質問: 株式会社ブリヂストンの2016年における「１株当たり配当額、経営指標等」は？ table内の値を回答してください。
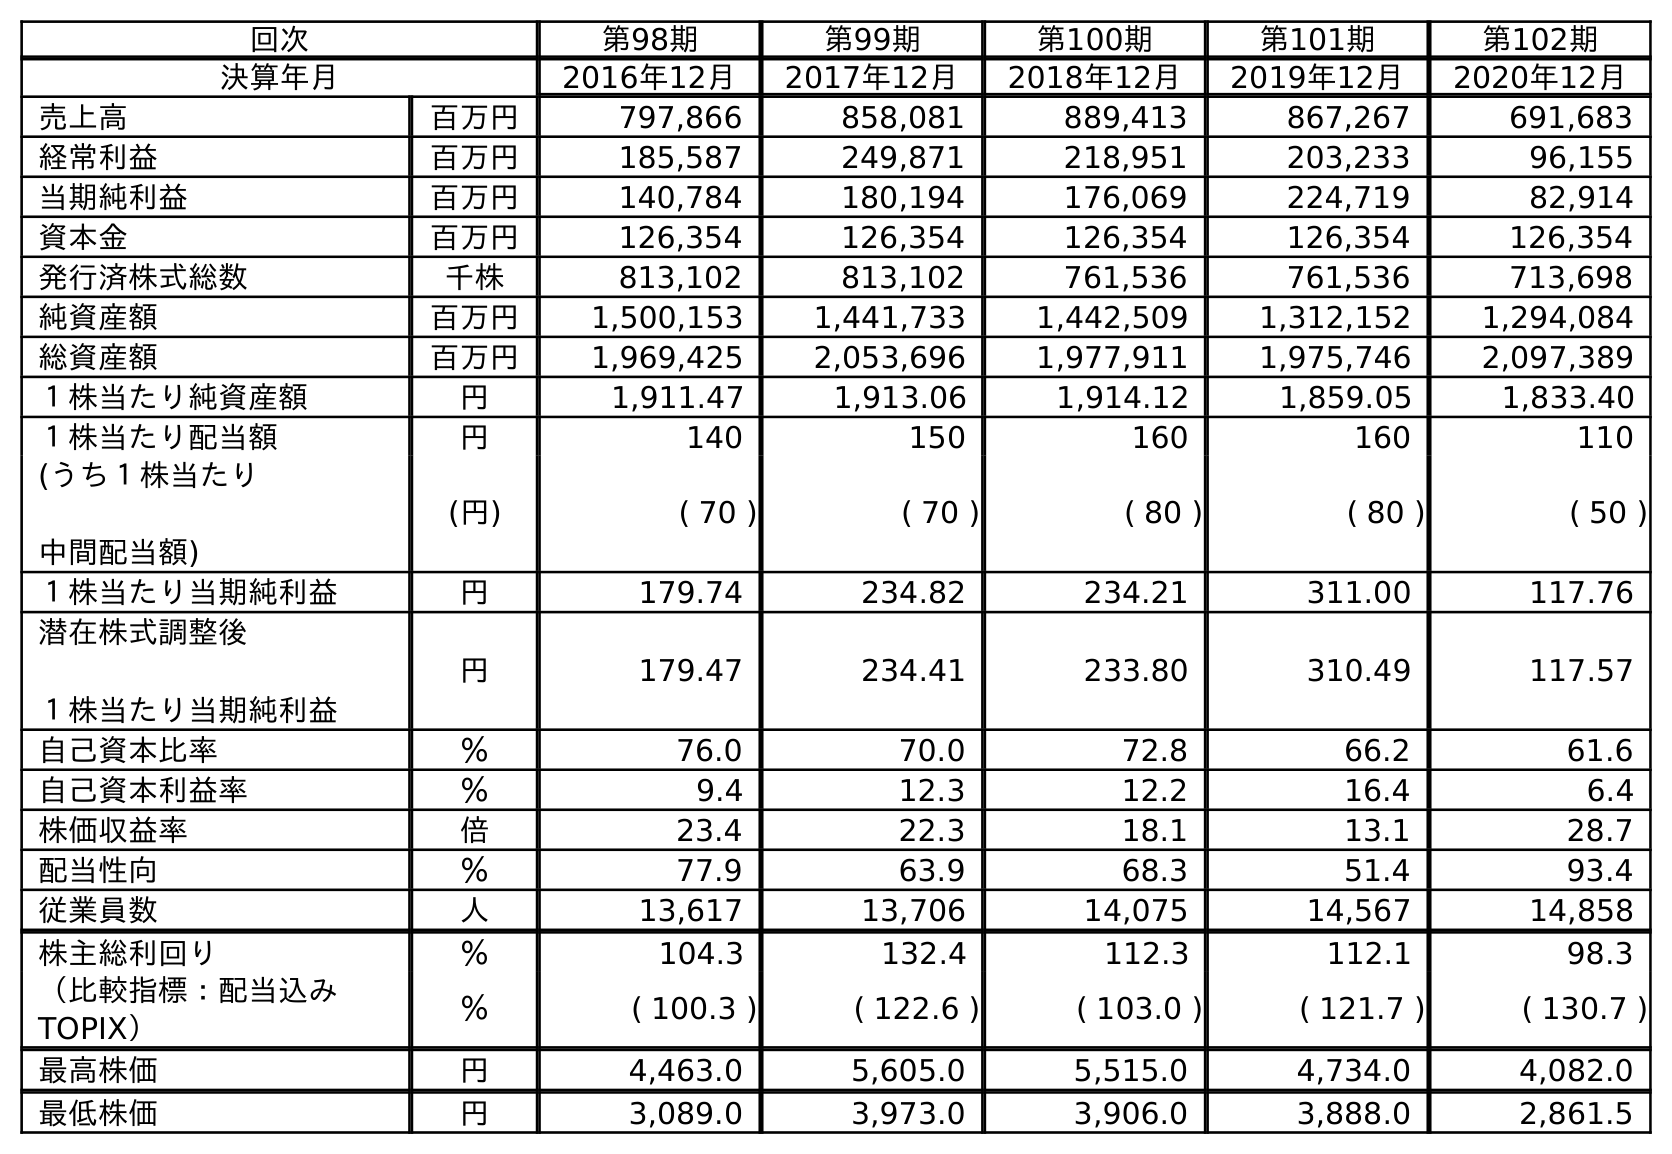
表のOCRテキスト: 回次 第98期 第99期 第100期 第101期 第102期 決算年月 2016年12月 2017年12月 2018年12月 2019年12月 2020年12月 売上高 百万円 797,866 858,081 889,413 867,267 691,683 経常利益 百万円 185,587 249,871 218,951 203,233 96,155 当期純利益 百万円 140,784 180,194 176,069 224,719 82,914 資本金 百万円 126,354 126,354 126,354 126,354 126,354 発行済株式総数 千株 813,102 813,102 761,536 761,536 713,698 純資産額 百万円 1,500,153 1,441,733 1,442,509 1,312,152 1,294,084 総資産額 百万円 1,969,425 2,053,696 1,977,911 1,975,746 2,097,389 １株当たり純資産額 円 1,911.47 1,913.06 1,914.12 1,859.05 1,833.40 １株当たり配当額 円 140 150 160 160 110 (うち１株当たり 中間配当額) (円) ( 70 ) ( 70 ) ( 80 ) ( 80 ) ( 50 ) １株当たり当期純利益 円 179.74 234.82 234.21 311.00 117.76 潜在株式調整後 １株当たり当期純利益 円 179.47 234.41 233.80 310.49 117.57 自己資本比率 ％ 76.0 70.0 72.8 66.2 61.6 自己資本利益率 ％ 9.4 12.3 12.2 16.4 6.4 株価収益率 倍 23.4 22.3 18.1 13.1 28.7 配当性向 ％ 77.9 63.9 68.3 51.4 93.4 従業員数 人 13,617 13,706 14,075 14,567 14,858 株主総利回り ％ 104.3 132.4 112.3 112.1 98.3 （比較指標：配当込み TOPIX） ％ ( 100.3 ) ( 122.6 ) ( 103.0 ) ( 121.7 ) ( 130.7 ) 最高株価 円 4,463.0 5,605.0 5,515.0 4,734.0 4,082.0 最低株価 円 3,089.0 3,973.0 3,906.0 3,888.0 2,861.5
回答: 140